Medical and sanitary report on the native army of Bombay for the year
Year: 1879
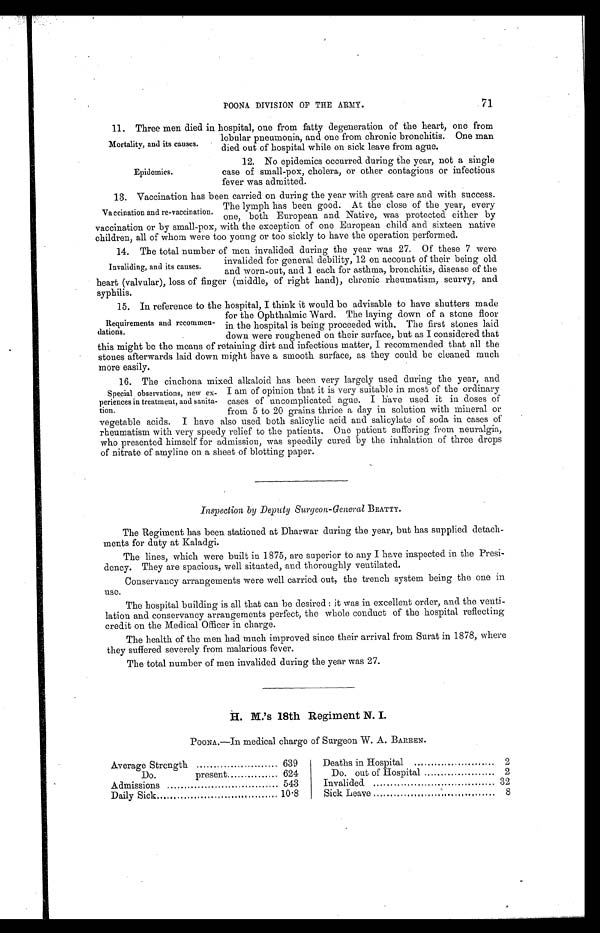
71
POONA DIVISION OF THE ARMY.
11. Three men died in hospital, one from fatty degeneration of the heart, one from
lobular pneumonia, and one from chronic bronchitis. One man
died out of hospital while on sick leave from ague.
Mortality, and its causes.
Epidemics.
12. No epidemics occurred during the year, not a single
case of small-pox, cholera, or other contagious or infectious
fever was admitted.
13. Vaccination has been carried on during the year with great care and with success.
The lymph has been good. At the close of the year, every
one, both European and Native, was protected either by
vaccination or by small-pox, with the exception of one European child and sixteen native
children, all of whom were too young or too sickly to have the operation performed.
14. The total number of men invalided during the year was 27. Of these 7 were
invalided for general debility, 12 on account of their being old
and worn-out, and 1 each for asthma, bronchitis, disease of the
heart (valvular), loss of finger (middle, of right hand), chronic rheumatism, scurvy, and
syphilis.
15. In reference to the hospital, I think it would be advisable to have shutters made
for the Ophthalmic Ward. The laying down of a stone floor
in the hospital is being proceeded with. The first stones laid
down were roughened on their surface, but as I considered that
this might be the means of retaining dirt and infectious matter, I recommended that all the
stones afterwards laid down might have a smooth surface, as they could be cleaned much
more easily.
16. The cinchona mixed alkaloid has been very largely used during the year, and
I am of opinion that it is very suitable in most of the ordinary
cases of uncomplicated ague. I have used it in doses of
from 5 to 20 grains thrice a day in solution with mineral or
vegetable acids. 1 have also used both salicylic acid and salicylate of soda in cases of
rheumatism with very speedy relief to the patients. One patient suffering from neuralgia,
who presented himself for admission, was speedily cured by the inhalation of three drops
of nitrate of amyline on a sheet of blotting paper.
Inspection by Deputy Surgeon-General BEATTY.
The Regiment has been stationed at Dharwar during the year, but has supplied detach
-
ments for duty at Kaladgi.
The lines, which were built in 1875, are superior to any I have inspected in the Presi
-
dency. They are spacious, well situated, and thoroughly ventilated.
Conservancy arrangements were well carried out, the trench system being the one in
use.
The hospital building is all that can be desired: it was in excellent order, and the venti
-
lation and conservancy arrangements perfect, the whole conduct of the hospital reflecting
credit on the Medical Officer in charge.
The health of the men had much improved since their arrival from Surat in 1878, where
they suffered severely from malarious fever.
The total number of men invalided during the year was 27.
H . M . ' s 1 8 t h R e g i m e n t N . I .
POONA.—In medical charge of Surgeon W. A. BARREN.
Average Strength . . .
639
Deaths in Hospital . . .
2
Do.
present . . .
624
Do. out of Hospital . . .
2
Admissions . . .
543
Invalided . . .
32
Daily Sick . . .
10.8
Sick Leave . . .
8
Vaccination and re-vaccination.
Invaliding, and its causes.
Requirements and recommen
-dations.
Special observations, new ex
-periences in treatment, and sanita
-tion.